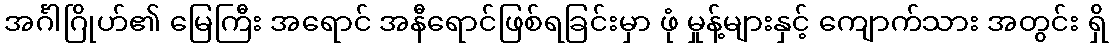
အင်္ဂါဂြိုဟ်၏ မြေကြီး အရောင် အနီရောင်ဖြစ်ရခြင်းမှာ ဖုံ မှုန့်များနှင့် ကျောက်သား အတွင်း ရှိ